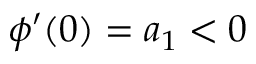
\phi ^ { \prime } ( 0 ) = a _ { 1 } < 0